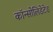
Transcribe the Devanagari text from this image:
कॉन्सोलिडेटेड